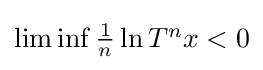
{\textstyle \liminf {\frac {1}{n}}\ln T^{n}x<0}